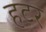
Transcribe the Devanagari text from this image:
हटर